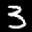
Label: 3